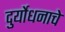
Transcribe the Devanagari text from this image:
दुर्योधनाचे